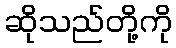
ဆိုသည်တို့ကို